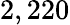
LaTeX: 2,220